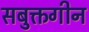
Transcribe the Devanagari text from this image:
सबुक्तगीन